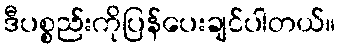
ဒီပစ္စည်းကိုပြန်ပေးချင်ပါတယ်။